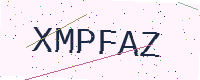
Text: XMPFAZ